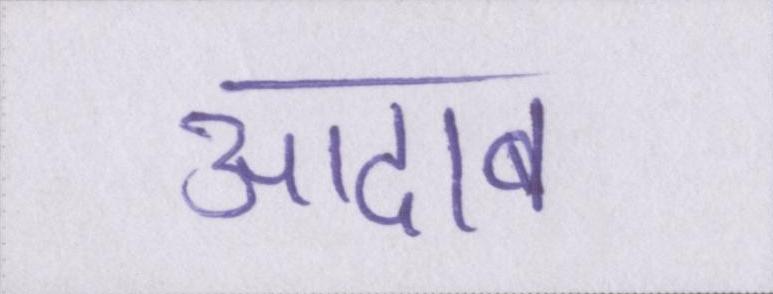
आदाब